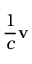
{ \frac { 1 } { c } } \mathbf { v }